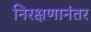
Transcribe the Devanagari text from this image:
निरक्षणानंतर